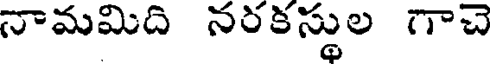
నామమిది నరకస్థుల గాచె